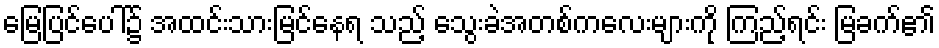
မြေပြင်ပေါ်၌ အထင်းသားမြင်နေရ သည့် သွေးခဲအတစ်ကလေးများကို ကြည့်ရင်း မြခက်၏